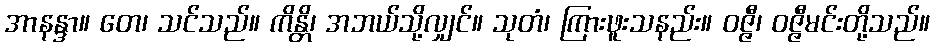
အာနန္ဒာ။ တေ၊ သင်သည်။ ကိန္တိ၊ အဘယ်သို့လျှင်။ သုတံ၊ ကြားဖူးသနည်း။ ဝဇ္ဇီ၊ ဝဇ္ဇီမင်းတို့သည်။